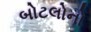
બોટલોનો